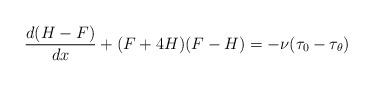
LaTeX: \begin{align*}\frac{ d (H - F)}{ d x} + ( F + 4 H) (F - H) = - \nu( \tau_0 - \tau_{\theta} )\end{align*}